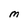
Character: M